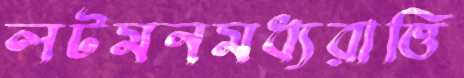
লটমনমধ্যরাত্তি